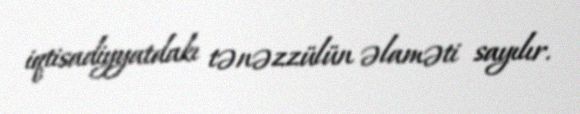
iqtisadiyyatdakı tənəzzülün əlaməti sayılır.